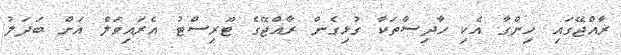
ރާއްޖޭގައި ހިންގާ އެކި ހާދިސާތަކާ ގުޅިގެން ރާއްޖޭގެ ޓޫރިސްޓު އެރައިވަލް އަށް ބަދަލު